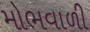
મોભવાળી